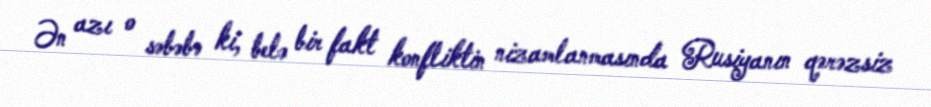
Ən azı o səbəbə ki, belə bir fakt konfliktin nizamlanmasında Rusiyanın qərəzsiz